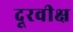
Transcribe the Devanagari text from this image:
दूरवीक्ष